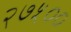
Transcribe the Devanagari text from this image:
२७५००